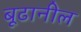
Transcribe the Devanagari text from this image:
बूढानील